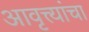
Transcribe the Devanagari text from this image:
आवृत्त्यांचा